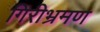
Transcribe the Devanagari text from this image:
गिरीभ्रमण